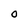
Character: O